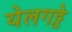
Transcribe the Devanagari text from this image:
येलगट्टे